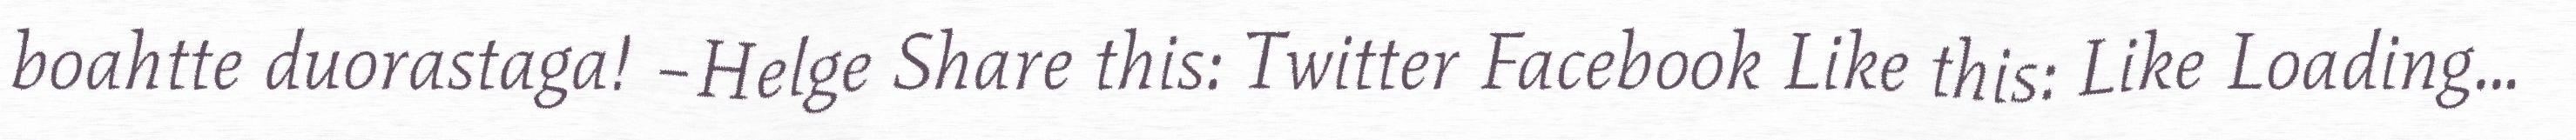
boahtte duorastaga! –Helge Share this: Twitter Facebook Like this: Like Loading...